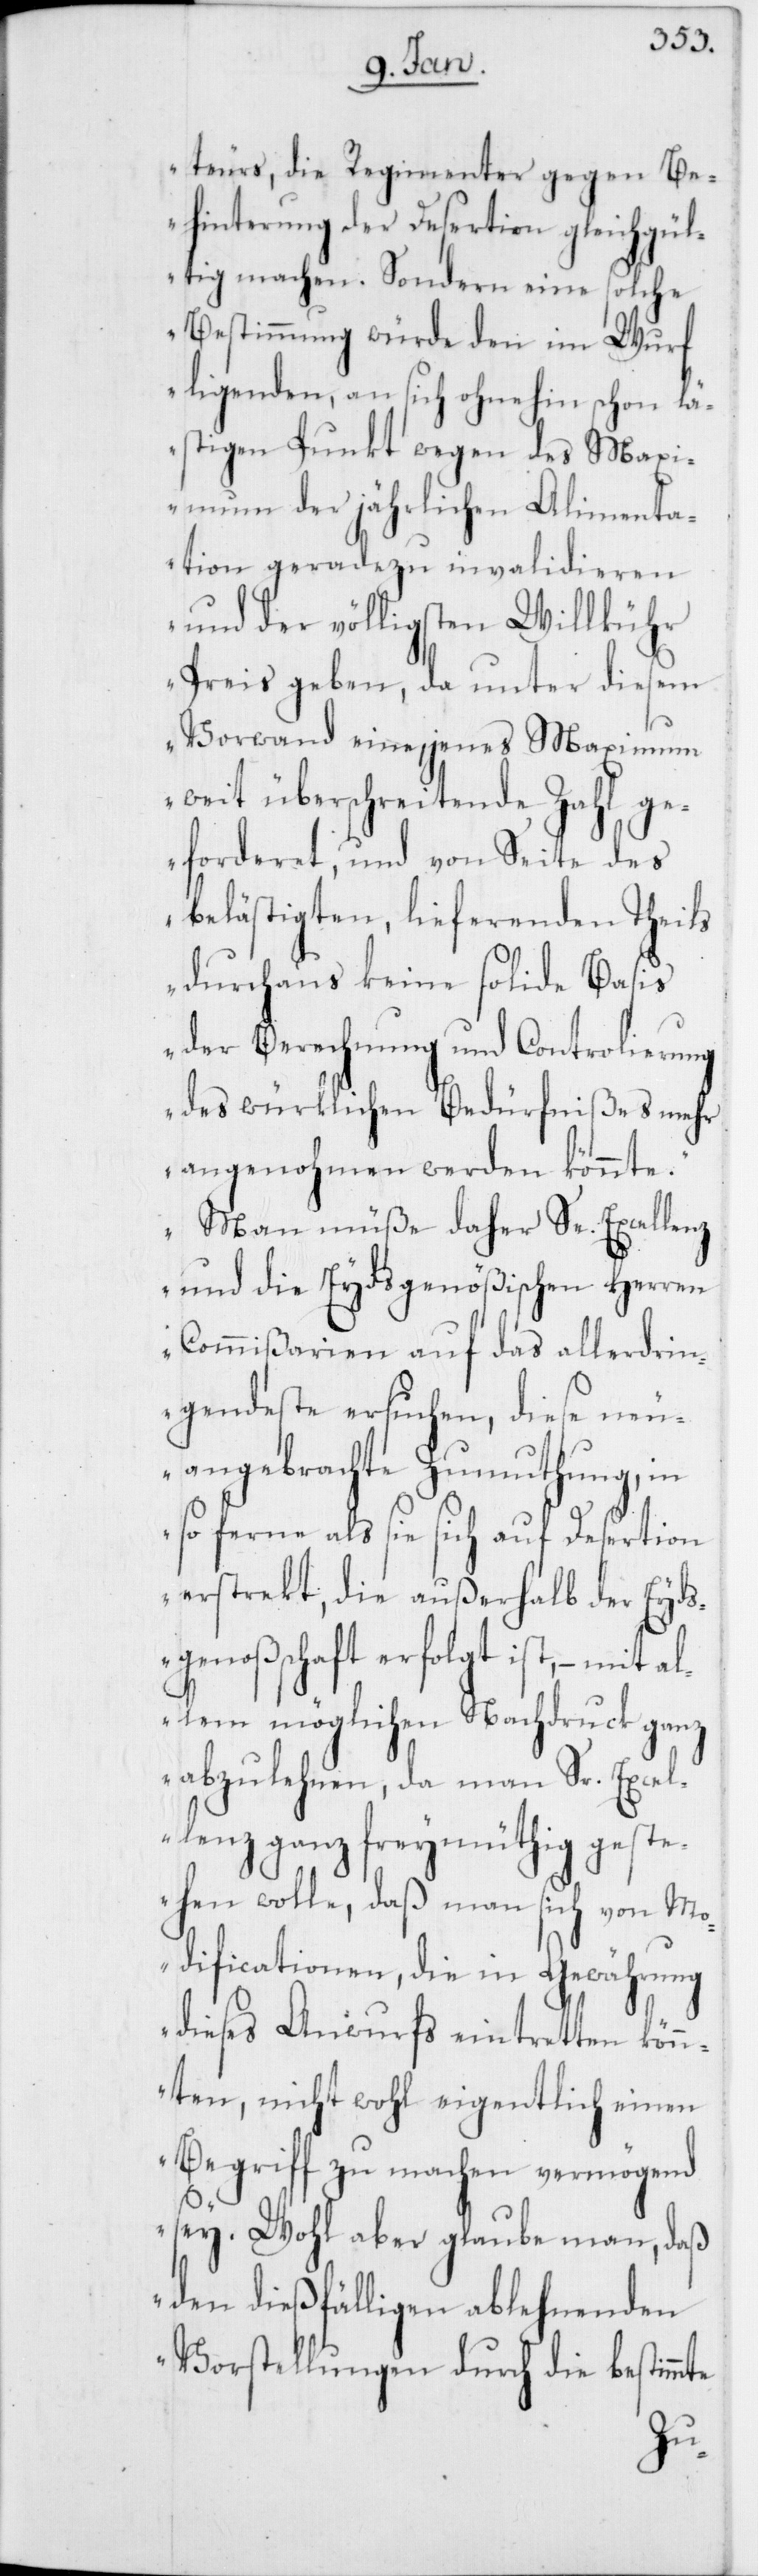
teurs, die Regimenter
ehinderung der Desertion
gest¬
tig machen. Sondern eine solche
Bestimmung würde den im Wurf
ligenden, an sich ohnehin schon lä¬
stigen Punkt wegen des
M¬
aximum der jährlichen
–
ation geradezu invali¬
Sr.
und der völligsten
Preis geben, da unter
Vorwand eine, jenes M¬
neu¬
weit überschreitende
geforderet, und von Seite
des
belästigten, liefernden
Theils
durchaus keine solide
der Berechnung und
hung,
des würklichen Bedürfn¬
mehr
angenohmen werden
ten
Man müße daher S¬
und die Eydsgenößi¬
Commißarien auf das
ngendste ersuchen,
angebrachte Zumut¬
so ferne als sie sich auf
erstrekt, die außerh¬
sgenoßschaft erfolgt
allem möglichen Nac¬
abzulehnen,
man
lenz ganz freymüt¬
ehen wolle, daß
man
Modificationen, die in Gewährung
dieses Anwurfs eintret¬
könn¬
ten, nicht wohl eigentlich einen
Begriff zu machen vermögend
sey. Wohl aber glaube man, daß
den dießfälligen ablehnenden
Vorstellungen durch die bestimm¬
te

alb